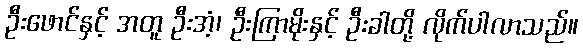
ဦးဖောင်နှင့် အတူ ဦးအံ့၊ ဦးကြာမိုးနှင့် ဦးခါတို့ လိုက်ပါလာသည်။